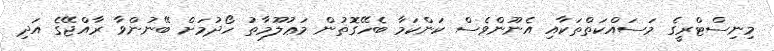
މިނިސްޓްރީގެ މަސައްކަތްތަކާއި އެނޫންވެސް ކަންކަމާ ބެހޭގޮތުން މަޢުލޫމާތު ހޯދުމަށް ބޭނުންވާ ރާއްޖޭގެ އަދި